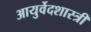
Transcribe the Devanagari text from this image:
आयुर्वेदशास्‍त्री